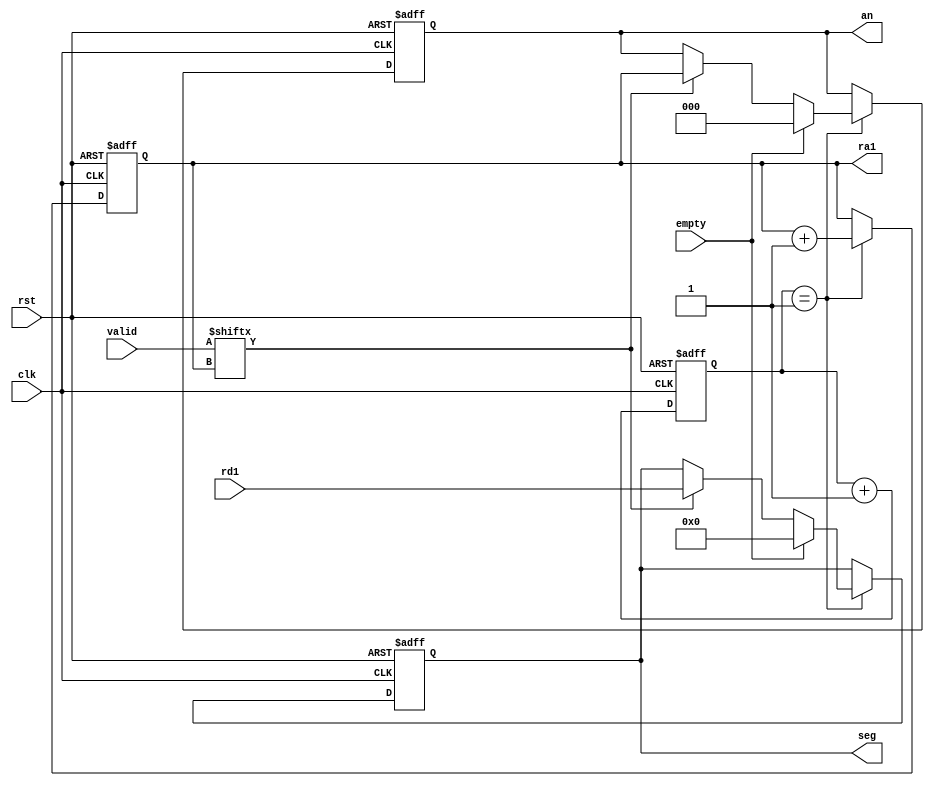
module SDU(
    input clk,rst,
    input [7:0] valid,
    input [3:0] rd1,
    input empty,
    output [2:0] ra1,
    output [2:0] an,
    output [3:0] seg
    );
reg [4:0] cnt;
reg [2:0] n_cnt1,cur_cnt1; // 
reg [2:0] n_an,cur_an;
reg [3:0] n_seg,cur_seg;

always @(posedge clk or posedge rst)
begin
    if (rst) cnt <= 0;
    else cnt <= cnt + 1;
end


always @(posedge clk or posedge rst)
begin
	if (rst) // 
	begin
		cur_an <= 0;
		cur_seg <= 0;
		cur_cnt1 <= 0;
	end
	else // 
	begin
		cur_cnt1 <= n_cnt1;
		cur_an <= n_an;
		cur_seg <= n_seg;
    end
end

always @(*)
begin
	if (cnt == 1) // rst
	begin
		n_cnt1 = cur_cnt1 + 1;
		if (empty) // 
		begin 	// anseg0
			n_an = 0;
			n_seg = 0;
		end
		else if (valid[cur_cnt1]) // 
		begin 	// 
			n_an = cur_cnt1;
		    n_seg = rd1;
		end
		else // 
		begin 
			n_an = cur_an;
			n_seg = cur_seg;
		end
	end
	else // 
	begin
		n_cnt1 = cur_cnt1;
		n_an = cur_an;
		n_seg = cur_seg;
	end
end

assign ra1 = cur_cnt1;
assign an = cur_an;
assign seg = cur_seg;

endmodule